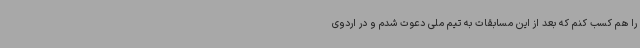
را هم کسب کنم که بعد از این مسابقات به تیم ملی دعوت شدم و در اردوی